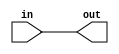
module f13_test(input in, output out);
wire w1, w2;
assign w1 = in;
assign w2 = w1;
assign out = w2;
endmodule